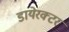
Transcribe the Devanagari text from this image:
डायेरक्टर